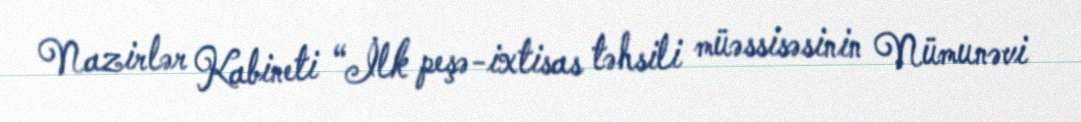
Nazirlər Kabineti “İlk peşə-ixtisas təhsili müəssisəsinin Nümunəvi